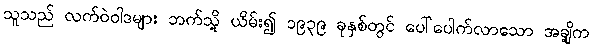
သူသည် လက်ဝဲဝါဒများ ဘက်သို့ ယိမ်း၍ ၁၉၃၉ ခုနှစ်တွင် ပေါ်ပေါက်လာသော အချို့က